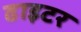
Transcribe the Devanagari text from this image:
ढाइटर